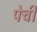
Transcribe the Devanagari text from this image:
पेची